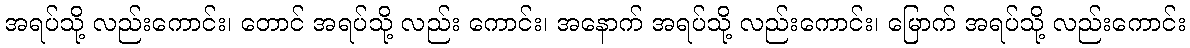
အရပ်သို့ လည်းကောင်း၊ တောင် အရပ်သို့ လည်း ကောင်း၊ အနောက် အရပ်သို့ လည်းကောင်း၊ မြောက် အရပ်သို့ လည်းကောင်း